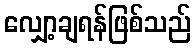
လျှော့ချရန်ဖြစ်သည်